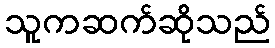
သူကဆက်ဆိုသည်